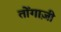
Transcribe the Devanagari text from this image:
तोंगाज़ी